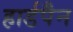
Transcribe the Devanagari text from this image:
हार्डपैन